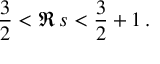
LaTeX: \frac { 3 } { 2 } < \Re \, s < \frac { 3 } { 2 } + 1 \, .